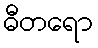
ဓီတရော